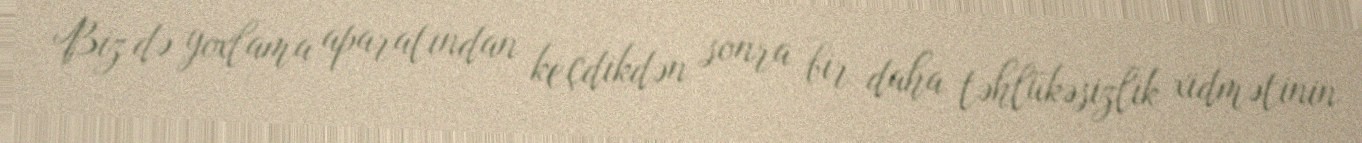
Biz də yoxlama aparatından keçdikdən sonra bir daha təhlükəsizlik xidmətinin